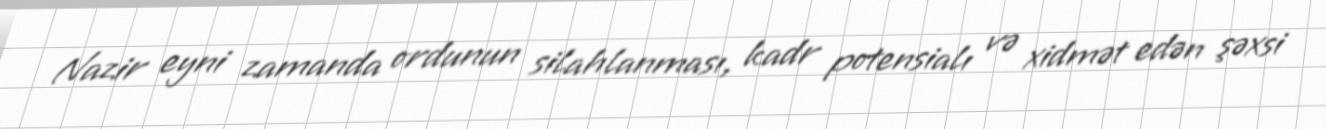
Nazir eyni zamanda ordunun silahlanması, kadr potensialı və xidmət edən şəxsi